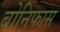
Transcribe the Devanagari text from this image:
बोनिफास